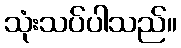
သုံးသပ်ပါသည်။